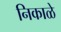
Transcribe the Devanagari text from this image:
निकाळे